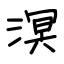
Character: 溟